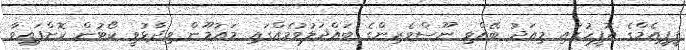
ޕީޕީއެމްގެ އޮފީހުގައި މިއަދު ބޭއްވި ނޫސްވެރިންގެ ބައްދަލުވުމެއްގައި މައުމޫން ވިދާޅުވީ ކޯޓުން ކޮށްފައިވާ